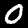
Label: 0